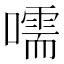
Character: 嚅